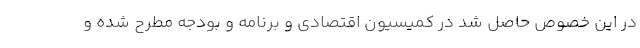
در این خصوص حاصل شد در کمیسیون اقتصادی و برنامه و بودجه مطرح شده و